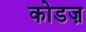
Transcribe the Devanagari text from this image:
कोडज़